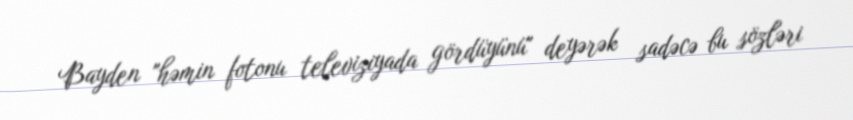
Bayden "həmin fotonu televiziyada gördüyünü" deyərək sadəcə bu sözləri